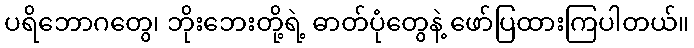
ပရိဘောဂတွေ၊ ဘိုးဘေးတို့ရဲ့ ဓာတ်ပုံတွေနဲ့ ဖော်ပြထားကြပါတယ်။